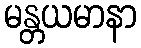
မန္တယမာနာ